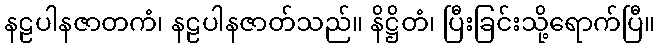
နဠပါနဇာတကံ၊ နဠပါနဇာတ်သည်။ နိဋ္ဌိတံ၊ ပြီးခြင်းသို့ရောက်ပြီ။